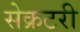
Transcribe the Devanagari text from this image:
सेेक्रटरी